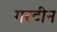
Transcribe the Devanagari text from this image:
गरटीन